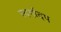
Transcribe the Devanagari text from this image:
स्वर्गादप